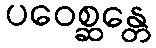
ပဝေစ္ဆန္တေ